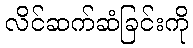
လိင်ဆက်ဆံခြင်းကို